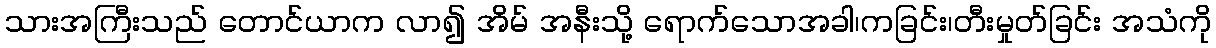
သားအကြီးသည် တောင်ယာက လာ၍ အိမ် အနီးသို့ ရောက်သောအခါ၊ကခြင်း၊တီးမှုတ်ခြင်း အသံကို